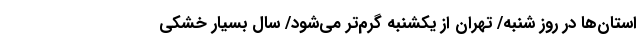
استان‌ها در روز شنبه/ تهران از یکشنبه گرم‌تر می‌شود/ سال بسیار خشکی